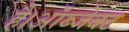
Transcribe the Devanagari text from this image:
है।ऑब्जेक्ट